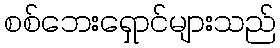
စစ်ဘေးရှောင်များသည်